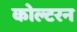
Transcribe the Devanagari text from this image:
कोल्टरन